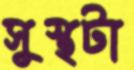
সুস্থটা